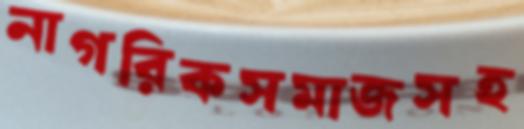
নাগরিকসমাজসহ